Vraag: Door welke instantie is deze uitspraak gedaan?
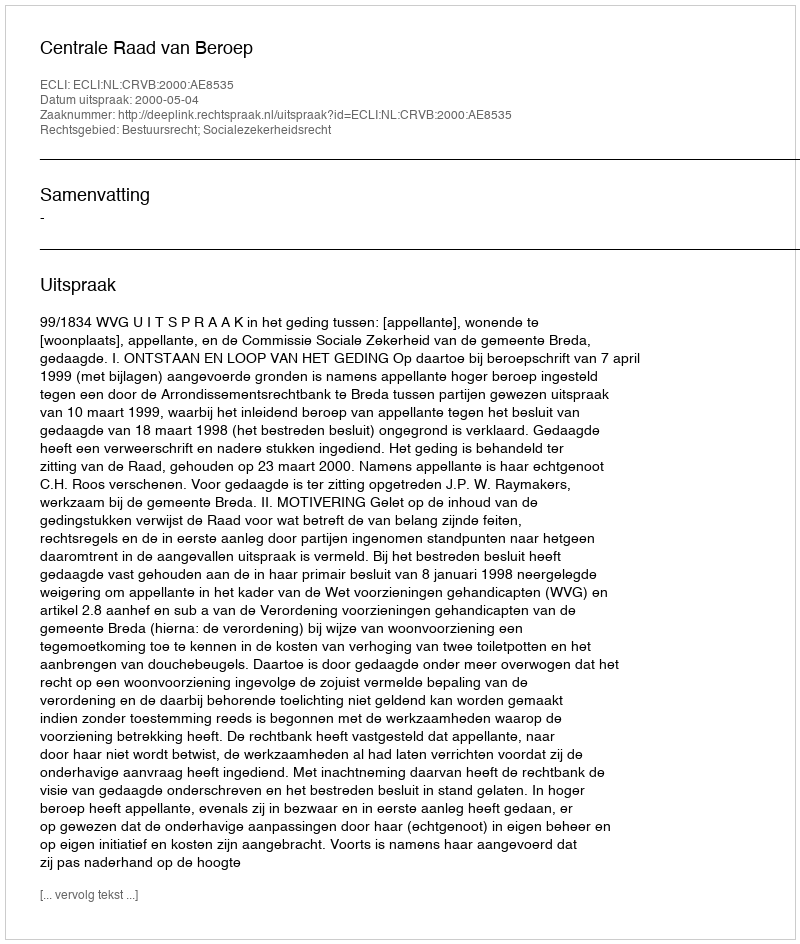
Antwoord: Centrale Raad van Beroep